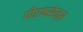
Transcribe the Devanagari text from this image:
पीएफसेन्स